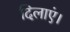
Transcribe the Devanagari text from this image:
दिलाएं।